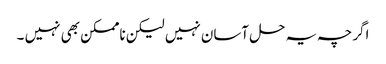
اگرچہ یہ حل آسان نہیں لیکن ناممکن بھی نہیں ۔